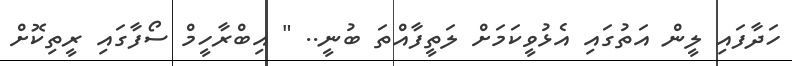
ހަދާފައި ލީން އަތުގައި އެޅުވީކަމަށް ލަތީފާއްތަ ބުނީ.. " އިބްރާހީމް ސޯފާގައި ރީތިކޮށް